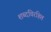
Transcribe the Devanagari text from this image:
शब्दविरहित